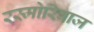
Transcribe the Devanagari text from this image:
रस्मोरिवाज